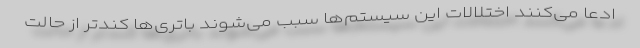
ادعا می‌کنند اختلالات این سیستم‌ها سبب می‌شوند باتری‌ها کندتر از حالت